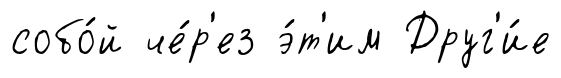
собо́й че́р'ез э́т'им Друг'и́е